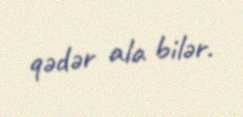
qədər ala bilər.